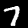
Label: 7